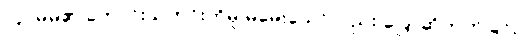
(၄) မိမိ၏ ကောင်းသတင်းကိုမူ မမေးသော်လည်း ပြောဆိုတတ်ခြင်း။